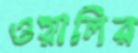
ওয়ালির